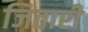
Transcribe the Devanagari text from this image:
जितारी